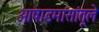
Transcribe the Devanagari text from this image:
आषाडमासांतूले